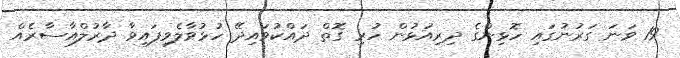
19 ވަނަ ގަރުނުގައި ހޮޅިންގެ ދިރިއުޅުން ހުރި ގޮތް ދައްކުވައިދޭ ހުޅުވާލެވިފައިވާ ދާރުލްއާސާރެއް